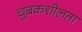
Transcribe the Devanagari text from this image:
चुबकशीलता